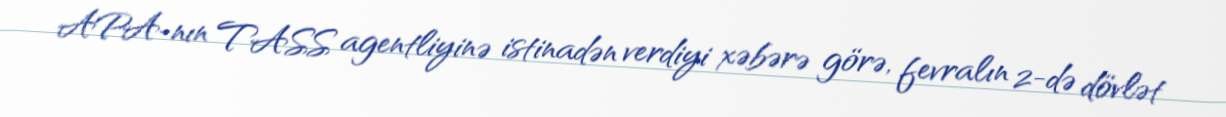
APA-nın TASS agentliyinə istinadən verdiyi xəbərə görə, fevralın 2-də dövlət